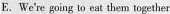
E.We're going to eat them together